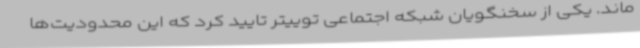
ماند. یکی از سخنگویان شبکه اجتماعی توییتر تایید کرد که این محدودیت‌ها